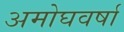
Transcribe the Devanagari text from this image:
अमोघवर्षा